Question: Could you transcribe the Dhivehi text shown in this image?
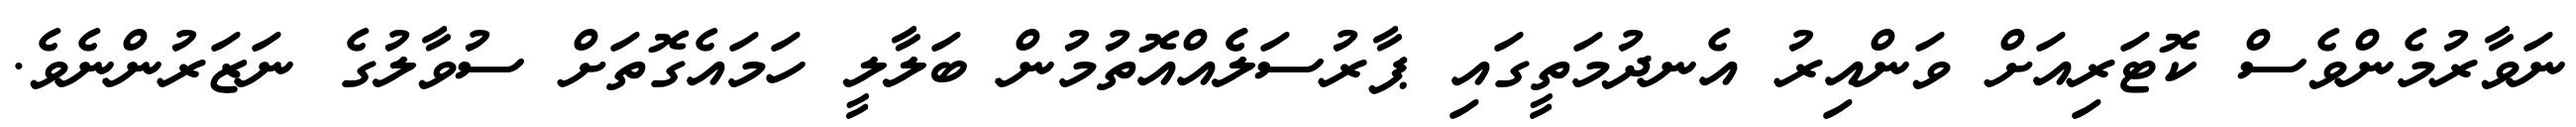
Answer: ނަވާރުމެންވެސް ކޮޓަރިއަށް ވަންއިރު އެނދުމަތީގައި ޕާރުސަލެެއްއޮތުމުން ބަލާލީ ހަމައެގޮތަށް ސުވާލުގެ ނަޒަރުންނެވެ.